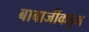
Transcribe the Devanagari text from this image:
बाबाजींकडून